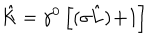
LaTeX: \hat { K } = \gamma ^ { 0 } \left[ ( { \bf \sigma \hat { L } ) + } 1 \right]